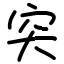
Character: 突